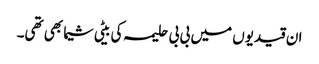
ان قیدیوں میں بی بی حلیمہ کی بیٹی شیما بھی تھی۔